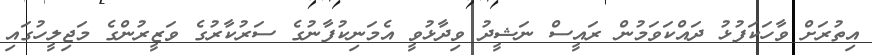
އިތުރަށް ވާހަކަފުޅު ދައްކަވަމުން ރައީސް ނަޝީދު ވިދާޅުވީ އެމަނިކުފާނުގެ ސަރުކާރުގެ ވަޒީރުންގެ މަޖިލީހުގައި